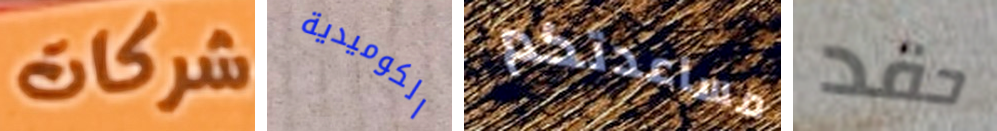
شركات الكوميدية مساعدتكم حقد